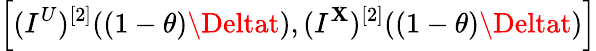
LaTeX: \left[(I^{U})^{[2]}((1-\theta)\Deltat),(I^{\mathbf{X}})^{[2]}((1-\theta)\Deltat)\right]